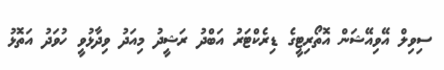
ސިވިލް އޭވިއޭޝަން އޮތޯރިޓީގެ ޑިރެކްޓަރު އަބްދު ރަޝީދު މިއަދު ވިދާޅުވީ ހުވަދު އަތޮޅު